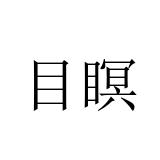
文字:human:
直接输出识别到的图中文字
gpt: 目瞑